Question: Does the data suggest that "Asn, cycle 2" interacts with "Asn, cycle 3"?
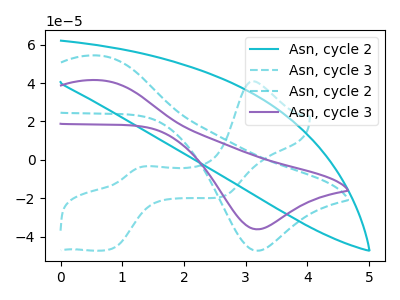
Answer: <think>The cyan curve "Asn, cycle 2" has no peaks. The cyan dashed curve "Asn, cycle 3" has anodic peaks at (3.10V, 41.00uA) (1.35V, -3.35uA) and cathodic peaks at (0.85V, -46.35uA) (2.65V, -19.00uA). The cyan dashed curve "Asn, cycle 2" has an anodic peak at (0.60V, 54.35uA) and a cathodic peak at (3.20V, -47.35uA). The purple curve "Asn, cycle 3" has an anodic peak at (0.60V, 41.55uA) and a cathodic peak at (3.20V, -36.20uA).
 All the peaks in "Asn, cycle 2" have a peak in "Asn, cycle 3" at the same potential. Every peak in "Asn, cycle 2" is higher than every peak in "Asn, cycle 3".</think>
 <answer>No, "Asn, cycle 2" and "Asn, cycle 3" don't appear to be significantly different in shape</answer>
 <eval>no_change</eval>